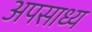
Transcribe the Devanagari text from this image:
अपसाध्य